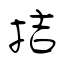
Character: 拮